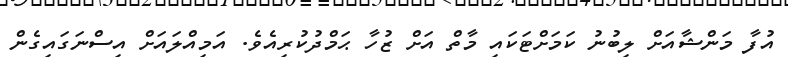
އުފާ މަންޝާއަށް ލިބުނު ކަމަށްޓަކައި މާތް އަށް ޒުހާ ޙަމްދުކުރިއެވެ. އަމިއްލައަށް އިސްނަގައިގެން